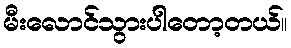
မီးလောင်သွားပါတော့တယ်။